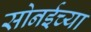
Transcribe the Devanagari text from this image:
सोनईच्या